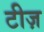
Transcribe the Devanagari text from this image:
टीज़